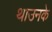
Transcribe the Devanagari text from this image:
थाउनके